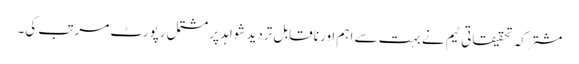
مشترکہ تحقیقاتی ٹیم نے بہت سے اہم اور ناقابل تردید شواہد پر مشتمل رپورٹ مرتب کی۔